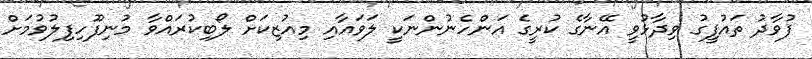
ފުވާދު ތައުފީގު ވިދާޅުވީ އޭނާގެ ކުރީގެ އަންހެނުންނަކީ ލަވައާއި މިއުޒިކަށް ލޯބިކުރައްވާ މުނިފޫހިފިލުވުމަށް